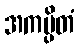
အကမ္ပိတံ